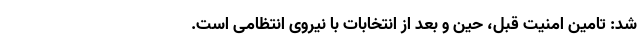
شد: تامین امنیت قبل، حین و بعد از انتخابات با نیروی انتظامی است.